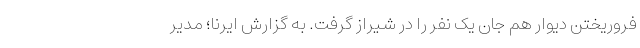
فروریختن دیوار هم جان یک نفر را در شیراز گرفت. به گزارش ایرنا؛ مدیر